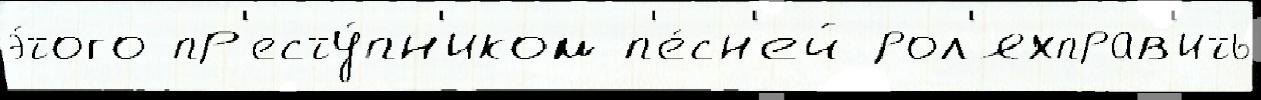
э́того пр'есту́пн'иком п'е́сн'ей рол'яхправ'ить